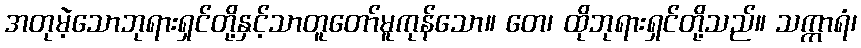
အတုမဲ့သောဘုရားရှင်တို့နှင့်သာတူတော်မူကုန်သော။ တေ၊ ထိုဘုရားရှင်တို့သည်။ သက္ကာရံ၊